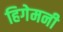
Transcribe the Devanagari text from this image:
हिगेमनी